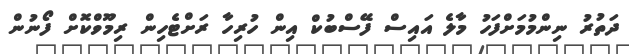
ދަތުރު ނިންމުމަށްފަހު މާލެ އައިސް ފޭސްބުކް އިން ހުރިހާ ރަށްޓެހިން ރިމޫވްކޮށް ފޯނުން